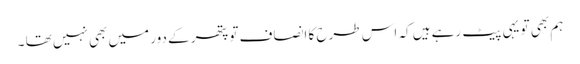
ہم بھی تو یہی پیٹ رہے ہیں کہ اس طرح کا انصاف تو پتھر کے دور میں بھی نہیں تھا ۔